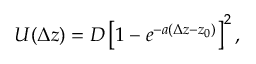
U ( \Delta z ) = D \left[ 1 - e ^ { - a ( \Delta z - z _ { 0 } ) } \right] ^ { 2 } ,